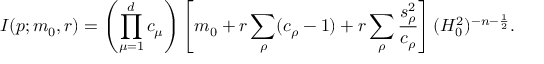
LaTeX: I ( p ; m _ { 0 } , r ) = \left( \prod _ { \mu = 1 } ^ { d } c _ { \mu } \right) \left[ m _ { 0 } + r \sum _ { \rho } ( c _ { \rho } - 1 ) + r \sum _ { \rho } \frac { s _ { \rho } ^ { 2 } } { c _ { \rho } } \right] ( H _ { 0 } ^ { 2 } ) ^ { - n - \frac { 1 } { 2 } } .